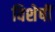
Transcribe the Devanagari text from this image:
विशेषीं